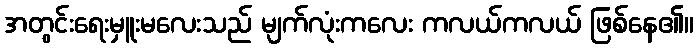
အတွင်းရေးမှူးမလေးသည် မျက်လုံးကလေး ကလယ်ကလယ် ဖြစ်နေ၏။